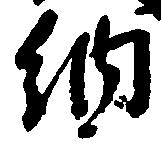
納